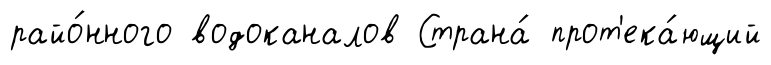
райо́нного водоканалов Страна́ прот'ека́ющий